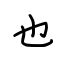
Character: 也